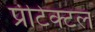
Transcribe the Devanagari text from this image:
प्रीटेक्टल